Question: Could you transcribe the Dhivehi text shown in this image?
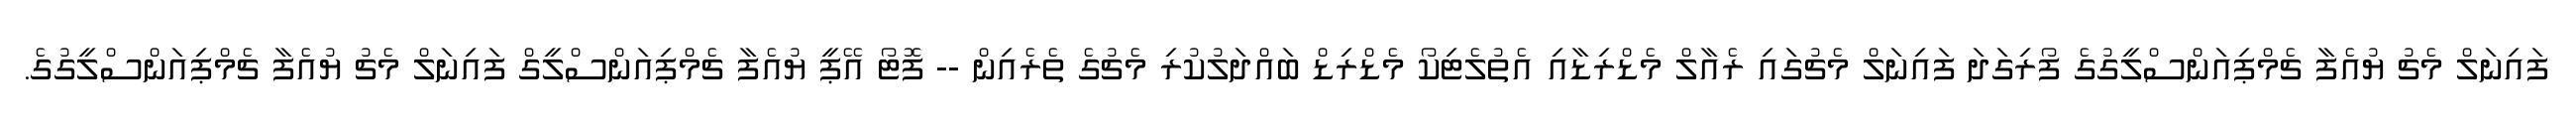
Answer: ފައިނަލް މެޗު ޔުއެފާ ޗެމްޕިއަންސްލީގުގެ ފޯރިގަދަ ފައިނަލް މެޗުގައި ރެއާލް މެޑްރިޑާއި އެތުލެޓިކޯ މެޑްރިޑް ބައްދަލުކުރި މެޗުގެ ތެރެއިން -- ފޮޓޯ އޭޕީ ޔުއެފާ ޗެމްޕިއަންސްލީގް ފައިނަލް މެޗު ޔުއެފާ ޗެމްޕިއަންސްލީގުގެ.